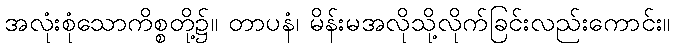
အလုံးစုံသောကိစ္စတို့၌။ တာပနံ၊ မိန်းမအလိုသို့လိုက်ခြင်းလည်းကောင်း။